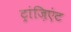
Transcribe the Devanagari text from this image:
ट्रांज़िएंट